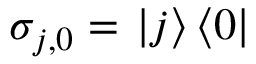
\sigma _ { j , 0 } = \left. \vert j \right\rangle \left\langle 0 \vert \right.